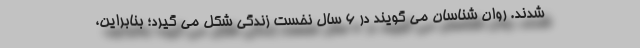
شدند. روان شناسان می گویند در 6 سال نخست زندگی شکل می گیرد؛ بنابراین،